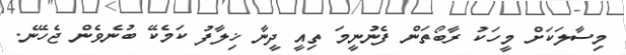
މިސާލަކަށް މީހަކު ރާބޯތަން ފެނުނީމަ ތިއީ ދީނާ ޚިލާފު ކަމެކޭ ބުނެވެން ޖެހޭނެ.